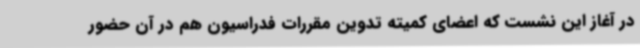
در آغاز این نشست که اعضای کمیته تدوین مقررات فدراسیون هم در آن حضور